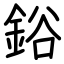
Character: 鋊